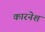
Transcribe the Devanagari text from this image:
कारनेश